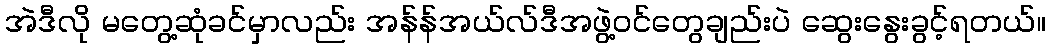
အဲဒီလို မတွေ့ဆုံခင်မှာလည်း အန်န်အယ်လ်ဒီအဖွဲ့ဝင်တွေချည်းပဲ ဆွေးနွေးခွင့်ရတယ်။